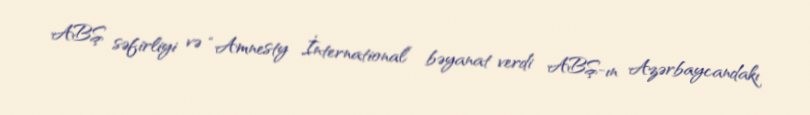
ABŞ səfirliyi və “Amnesty İnternational” bəyanat verdi ABŞ-ın Azərbaycandakı